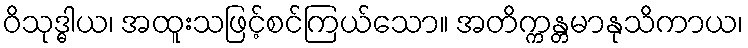
ဝိသုဒ္ဓါယ၊ အထူးသဖြင့်စင်ကြယ်သော။ အတိက္ကန္တမာနုသိကာယ၊